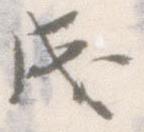
成